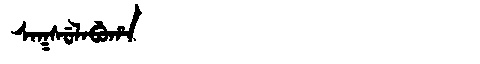
Manchu: ᠰᠠᡴᠰᡠᠯᠠᠪᡠᡥᠠ
Romanization: SAKSULABUHA